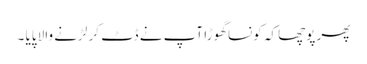
پھر پوچھا کہ کونسا گھوڑا آپ نے ڈٹ کر لڑنے والا پایا ۔